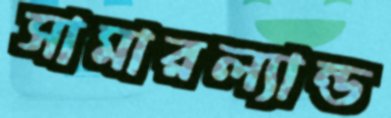
সামারল্যান্ড